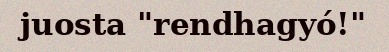
juosta "rendhagyó!"